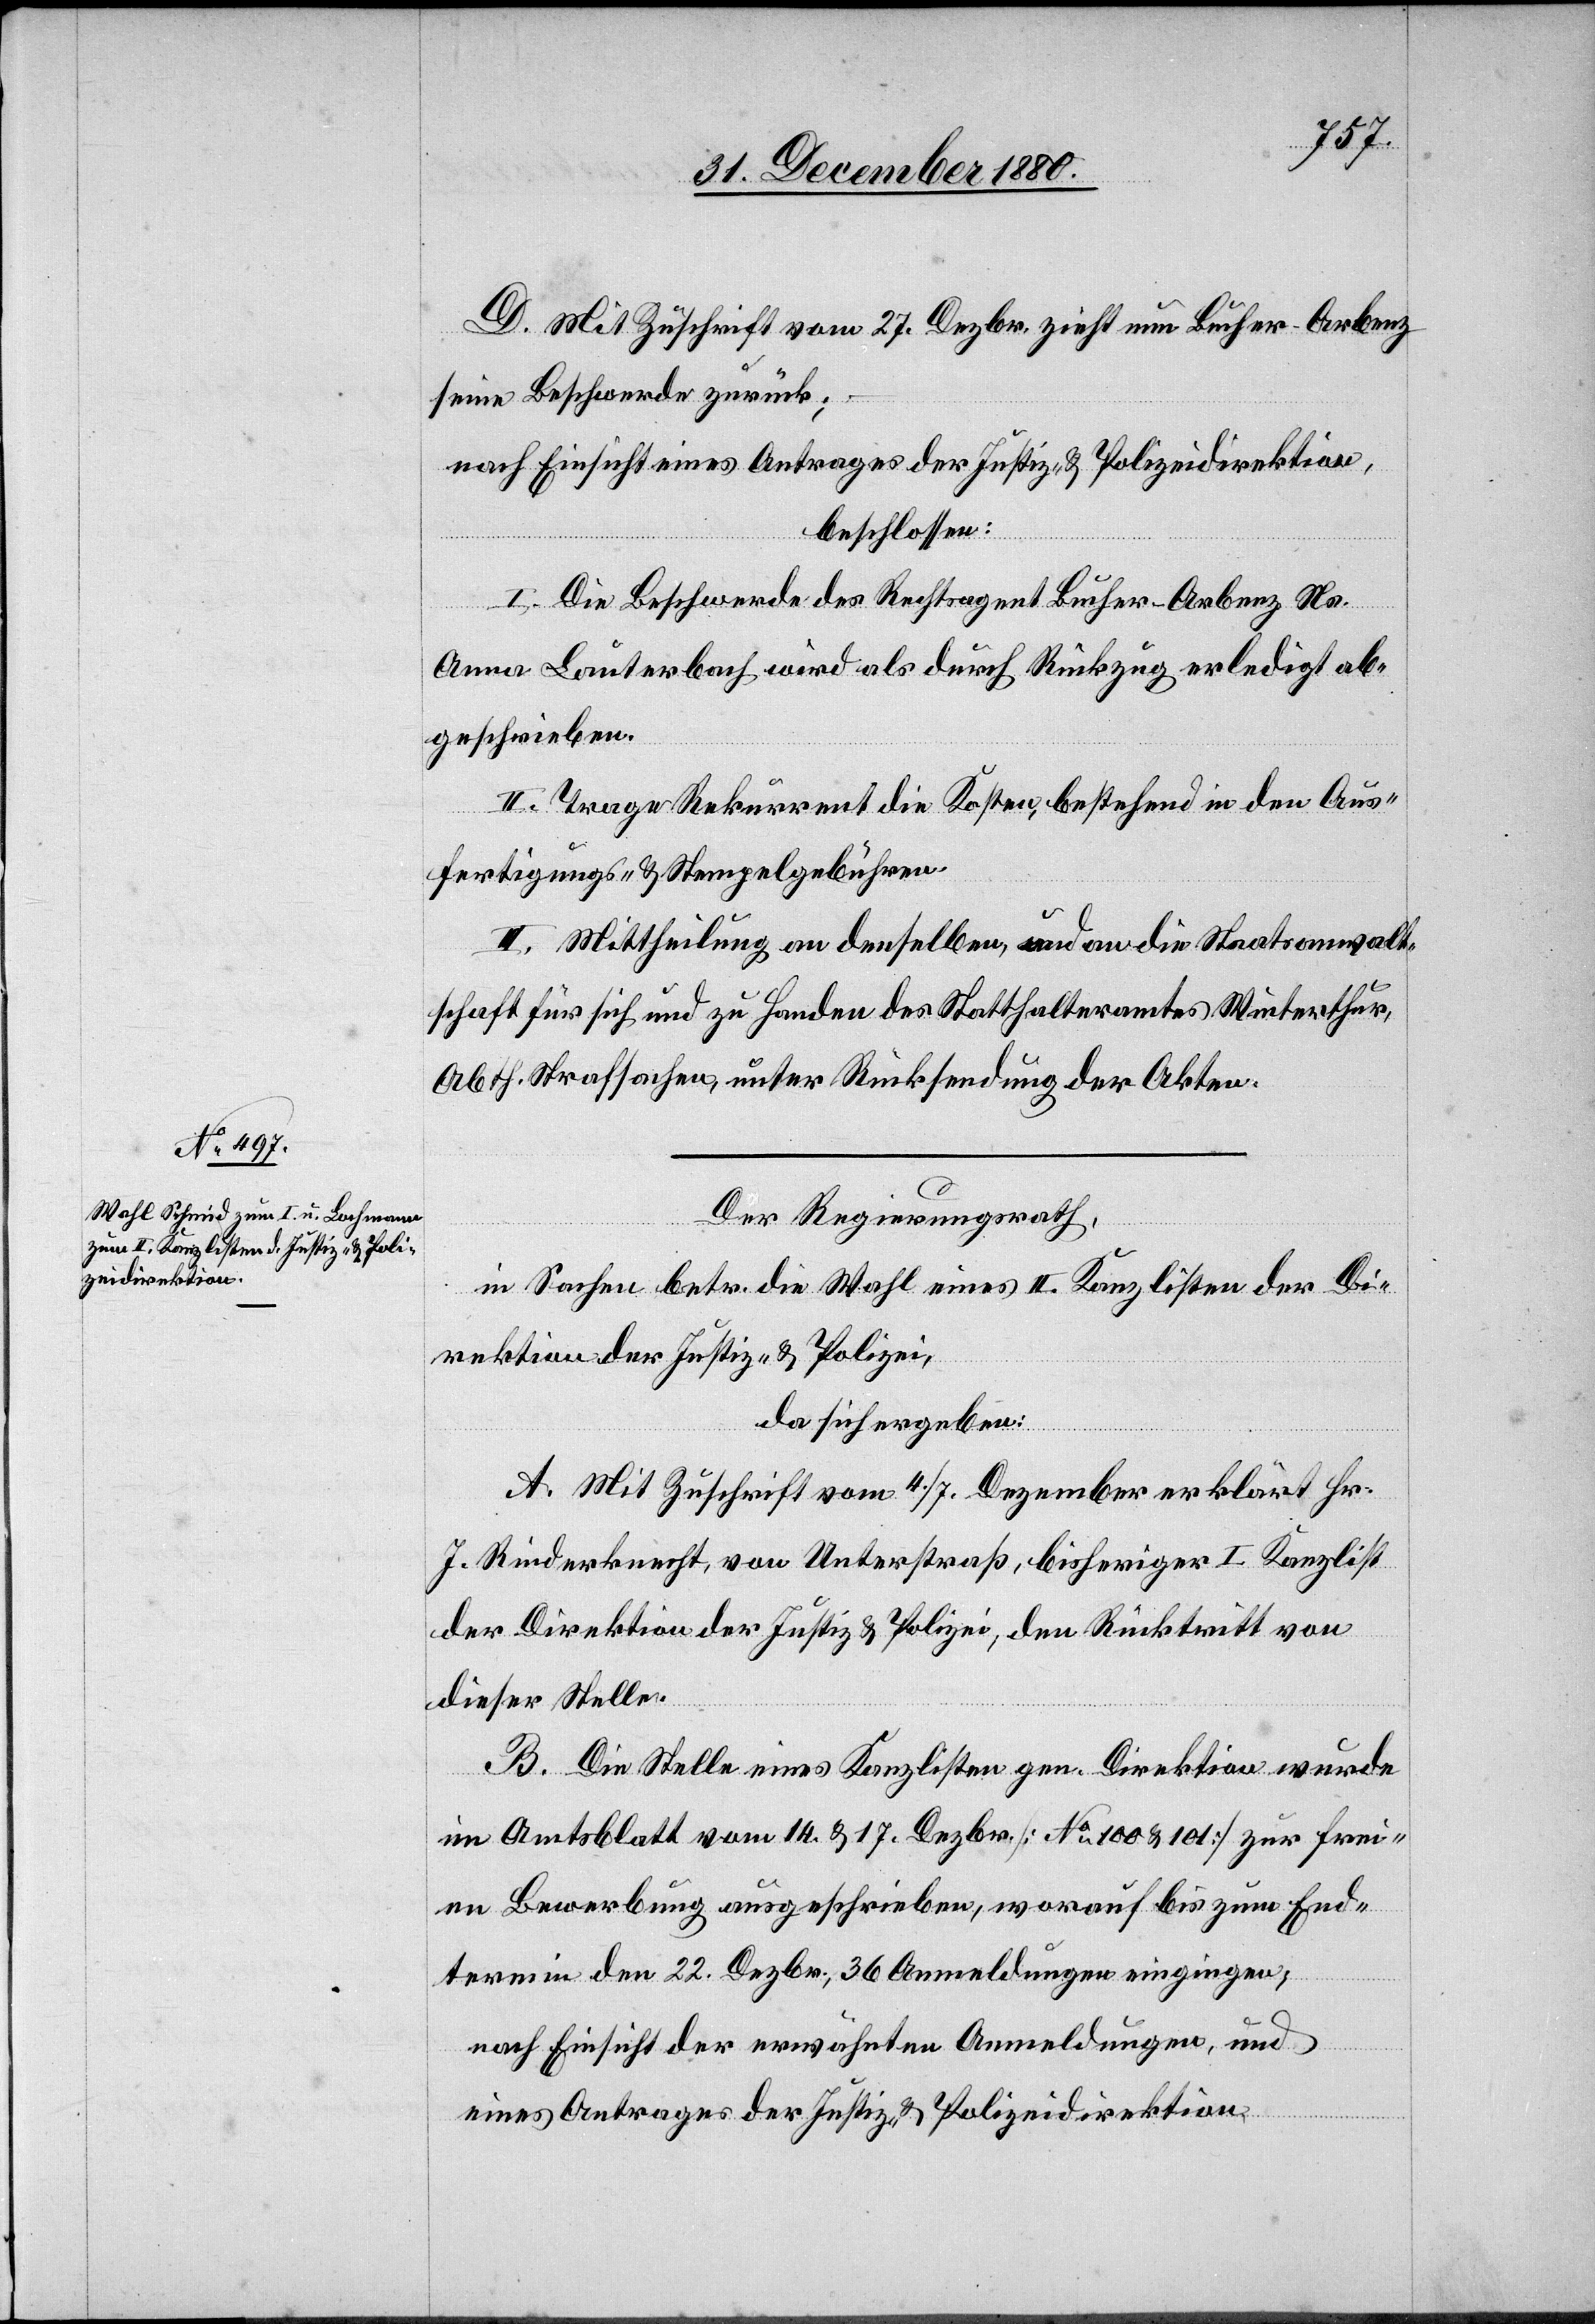
D. Mit Zuschrift vom 27. Dezbr. zieht nun Bucher-Arberg
seine Beschwerde zurück;
nach Einsicht eines Antrages der Justiz- & Polizeidirektion,
beschlossen:
I. Die Beschwerde des Rechtsagent Bucher-Arberg Ns.
Anna Lauterbach wird als durch Rückzug erledigt ab¬
geschrieben.
II. Trage Rekurrent die Koten, bestehend in den Aus¬
fertigungs- & Stempelgebühren.
III. Mittheilung an denselben, und an die Staatsanwalt¬
schaft für sich und zu Handen des Statthalteramtes Winterthur,
Abth. Strafsachen, unter Rücksendung der Akten.
Der Regierungsrath,
in Sachen betr. die Wahl eines II. Kanzlisten der Di¬
rektion der Justiz- & Polizei,
da sich ergeben:
A. Mit Zuschrift vom 4./7. Dezember erklärt Hr.
J. Rinderknecht, von Unterstraß, bisheriger I. Kanzlist
der Direktion der Justiz & Polizei, den Rücktritt von
dieser Stelle.
B. Die Stelle eines Kanzlisten gen. Direktion wurde
im Amtsblatt vom 14. & 17. Dezbr. [No 100 & 101] zur frei¬
en Bewerbung ausgeschrieben, worauf bis zum End¬
termin den 22. Dezbr., 36 Anmeldungen eingingen;
nach Einsicht der erwähnten Anmeldungen, und
eines Antrages der Justiz- & Polizeidirektion,